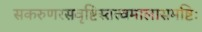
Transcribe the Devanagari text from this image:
सकरुणरसवृष्टिस्तत्त्वमालासमष्टिः